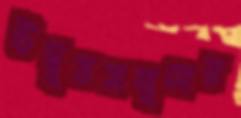
উদ্বৃত্তসমূহের